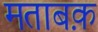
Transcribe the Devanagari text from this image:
मताबक़